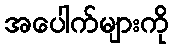
အပေါက်များကို